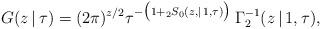
LaTeX: \begin{align*}G(z\,|\,\tau) = (2\pi)^{z/2} \tau^{-\bigl(1+{}_2S_0(z,|\,1,\tau)\bigr)}\,\Gamma_2^{-1}(z\,|\,1,\tau),\end{align*}